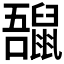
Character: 𪕡